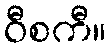
ဝီစကီ။